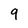
Character: 9